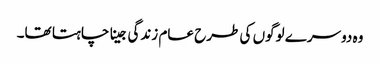
وہ دوسرے لوگوں کی طرح عام زندگی جینا چاہتا تھا۔